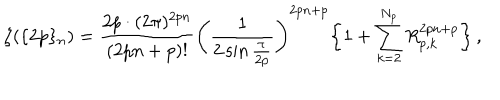
\zeta ( \{ 2 p \} _ { n } ) = \frac { 2 p \cdot ( 2 \pi ) ^ { 2 p n } } { ( 2 p n + p ) ! } \left( \frac { 1 } { 2 \sin \frac { \pi } { 2 p } } \right) ^ { 2 p n + p } \bigg \{ 1 + \sum _ { k = 2 } ^ { N _ { p } } R _ { p , k } ^ { 2 p n + p } \bigg \} \, ,